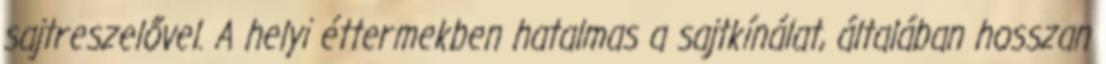
sajtreszelővel. A helyi éttermekben hatalmas a sajtkínálat, általában hosszan